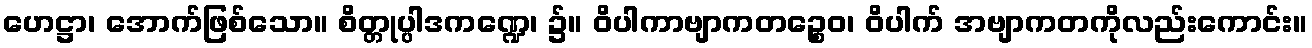
ဟေဋ္ဌာ၊ အောက်ဖြစ်သော။ စိတ္တုပ္ပါဒကဏ္ဍေ၊ ၌။ ဝိပါကာဗျာကတဉ္စေဝ၊ ဝိပါက် အဗျာကတကိုလည်းကောင်း။